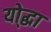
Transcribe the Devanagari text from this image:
यो्द्धा